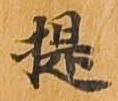
提